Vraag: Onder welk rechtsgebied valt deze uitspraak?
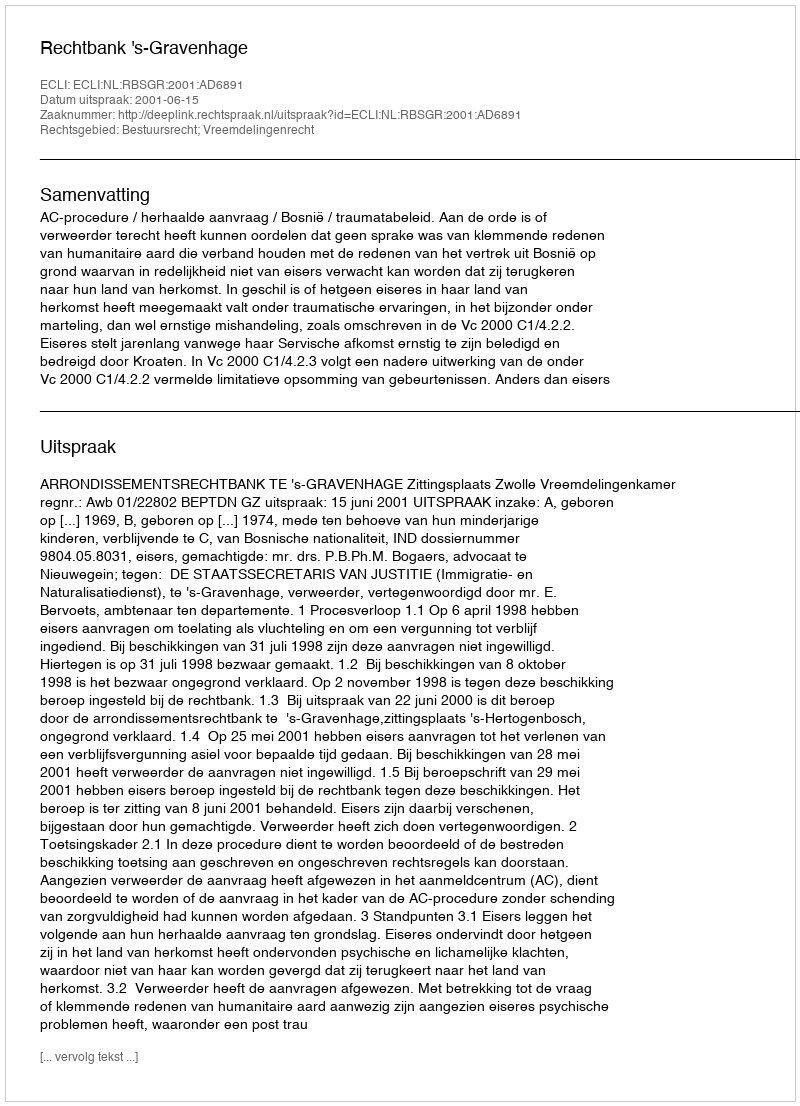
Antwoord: Bestuursrecht; Vreemdelingenrecht